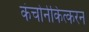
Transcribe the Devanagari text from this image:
कंचोर्नकित्करन